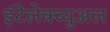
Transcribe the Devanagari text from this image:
इंटेलेक्च्युअल